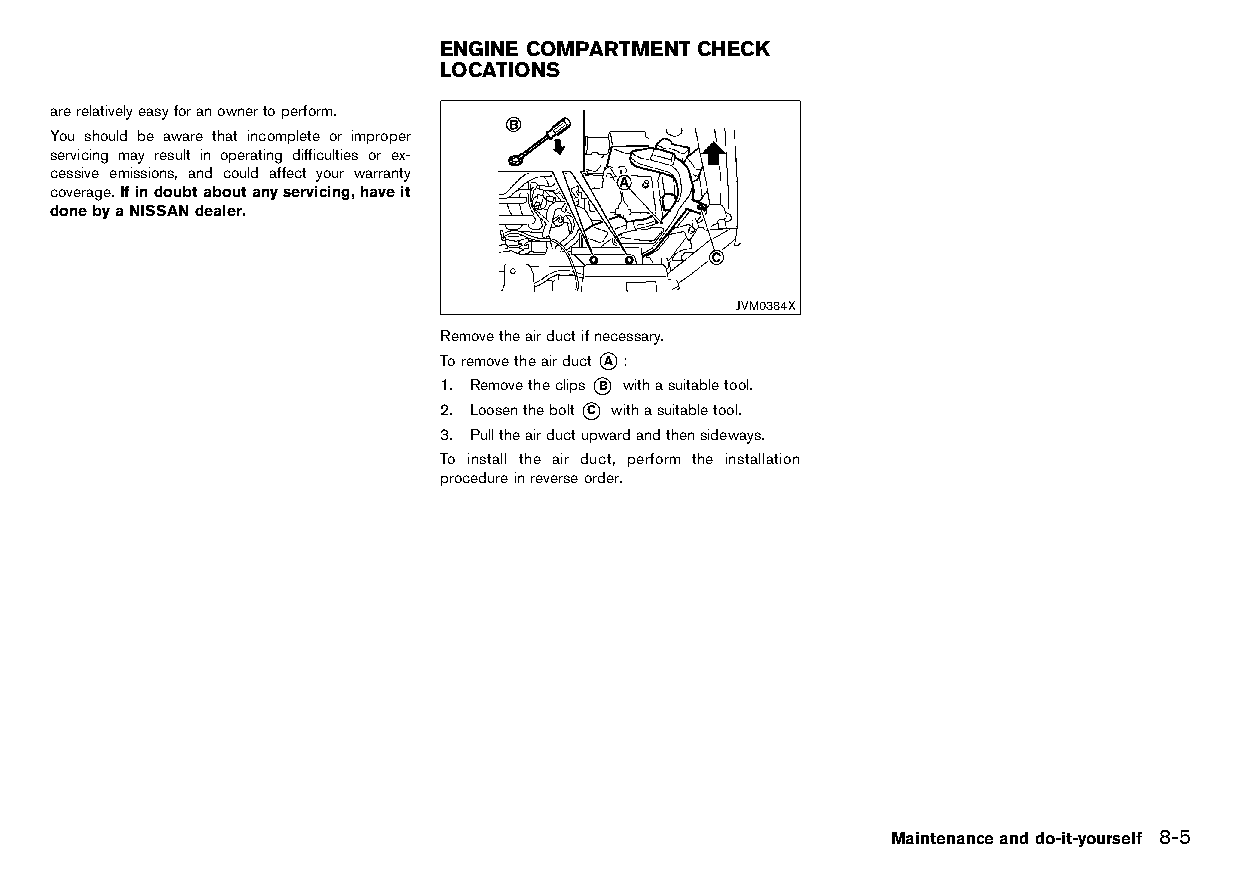
(245,1)
 ENGINE COMPARTMENT CHECK
 LOCATIONS
 HT32A1-A113C209-87FD-4373-810A-611E3D0BFDAF
 arerelativelyeasyforanownertoperform.
 You should be aware that incomplete or improper
 servicing may result in operating difficulties or ex-
 cessive emissions, and could affect your warranty
 coverage.Ifindoubtaboutanyservicing,haveit
 donebyaNISSANdealer.
 JVM0384X
 Removetheairductifnecessary.
 Toremovetheairduct*A :
 1. Removetheclips*B withasuitabletool.
 2. Loosenthebolt*C withasuitabletool.
 3. Pulltheairductupwardandthensideways.
 To install the air duct, perform the installation
 procedureinreverseorder.
 Maintenanceanddo-it-yourself 8-5
 Condition:                        [Edit:2015/8/24 Model: HT32-A]